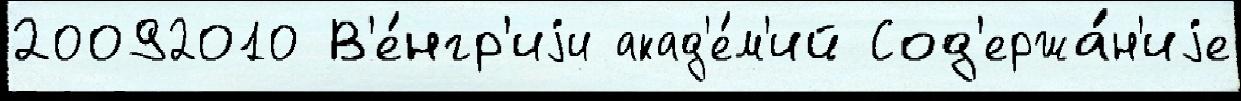
20092010 В'е́нгр'иjи акад'е́м'ий Сод'ержа́н'иjе